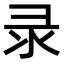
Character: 录